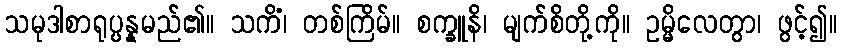
သမုဒါစာရုပ္ပန္နမည်၏။ သကိံ၊ တစ်ကြိမ်။ စက္ခူနိ၊ မျက်စိတို့ကို။ ဥမ္မိလေတွာ၊ ဖွင့်၍။